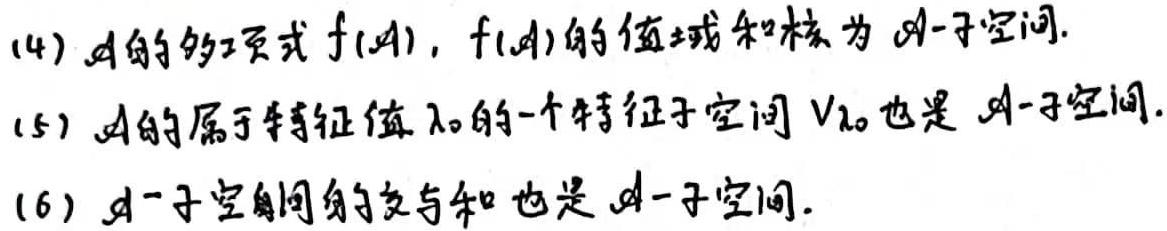
(4) $\mathscr{A}$的多项式$f(\mathscr{A})$，$f(\mathscr{A})$的值域和核为$\mathscr{A}$-子空间.
(5) $\mathscr{A}$的属于特征值$\lambda_0$的一个特征子空间$V_{\lambda_0}$也是$\mathscr{A}$-子空间.
(6) $\mathscr{A}$-子空间的交与和也是$\mathscr{A}$-子空间.